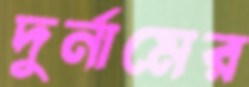
দুর্নামের